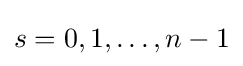
s=0,1,\dots ,n-1